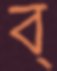
ব্